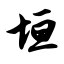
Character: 垣